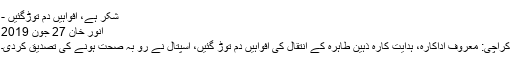
شکر ہے، افواہیں دم توڑگئیں -
انور خان 27 جون 2019
کراچی: معروف اداکارہ، ہدایت کارہ ذہین طاہرہ کے انتقال کی افواہیں دم توڑ گئیں، اسپتال نے رو بہ صحت ہونے کی تصدیق کردی۔